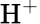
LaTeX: \mathrm{H^{+}}